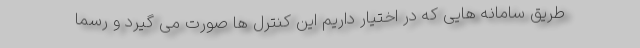
طریق سامانه هایی که در اختیار داریم این کنترل ها صورت می گیرد و رسما